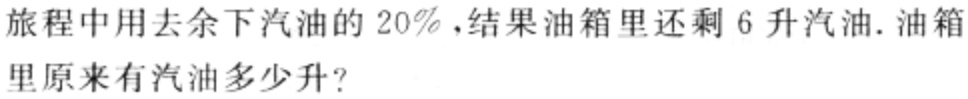
旅程中用去余下汽油的 \(20\%\)，结果油箱里还剩 \(6\)升汽油. 油箱里原来有汽油多少升?